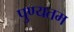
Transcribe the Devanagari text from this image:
पुण्यतम